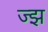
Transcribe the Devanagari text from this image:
ज्झ